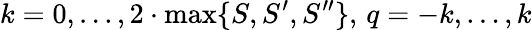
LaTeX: k=0,\ldots,2\cdot\operatorname*{max}\{ S,S^{\prime},S^{\prime\prime}\} ,\, q=-k,\ldots,k